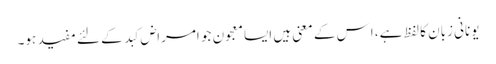
یونانی زبان کا لفظ ہے، اِس کے معنی ہیں ایسا معجون جو امراض کبد کے لئے مفید ہو۔